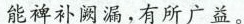
能裨补阙漏，有所广益。